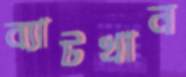
ব্যাটখান